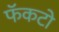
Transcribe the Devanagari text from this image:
फॅकटो